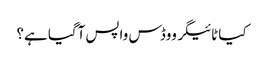
کیا ٹائیگر ووڈس واپس آگیا ہے؟